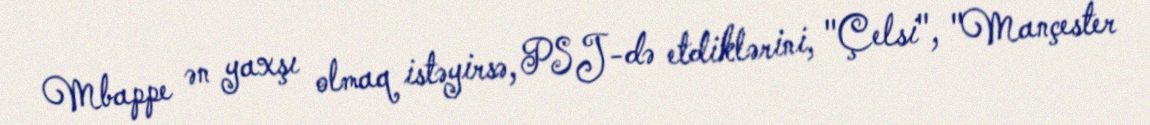
Mbappe ən yaxşı olmaq istəyirsə, PSJ-də etdiklərini, "Çelsi", "Mançester